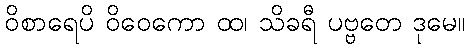
ဝိစာရေပိ ဝိဝေကော ထ၊ သိခရီ ပဗ္ဗတေ ဒုမေ။